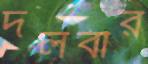
দলবীর